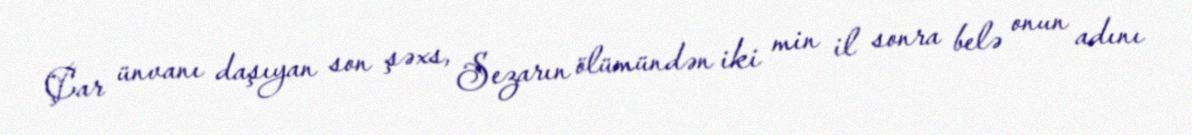
Çar ünvanı daşıyan son şəxs, Sezarın ölümündən iki min il sonra belə onun adını